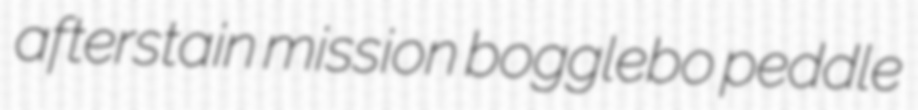
afterstain mission bogglebo peddle